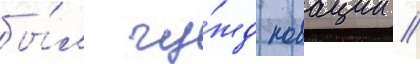
бы́л чу́жд новации //